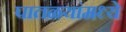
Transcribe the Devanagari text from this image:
पातळयांमध्ये